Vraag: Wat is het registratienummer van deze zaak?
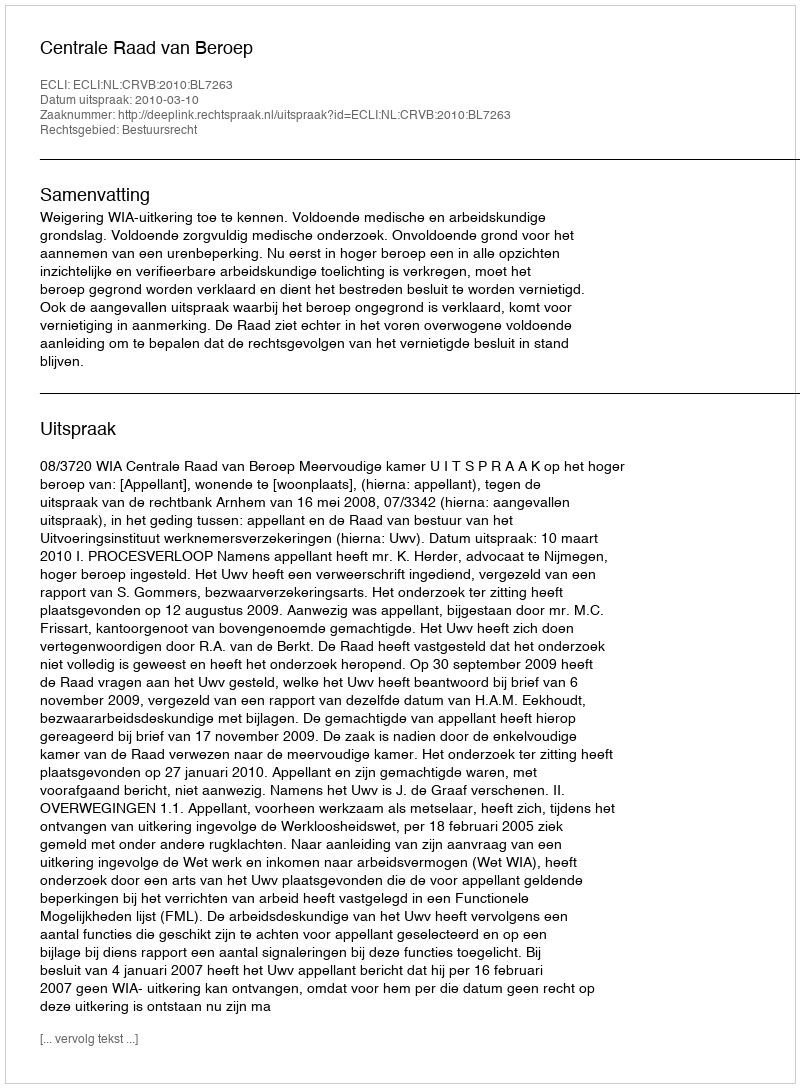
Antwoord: http://deeplink.rechtspraak.nl/uitspraak?id=ECLI:NL:CRVB:2010:BL7263